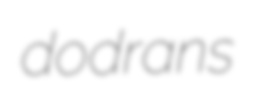
dodrans